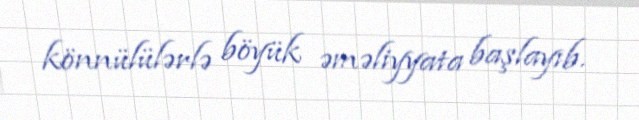
könnülülərlə böyük əməliyyata başlayıb.